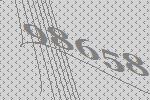
98658